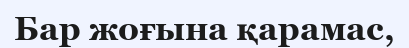
Бар жоғына қарамас,